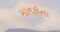
માનકોના